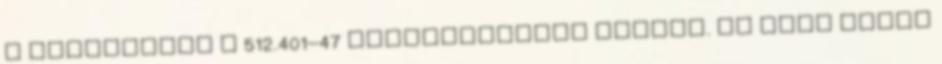
a szerkocsik a 512.401–47 pályaszámokat kapták. Az első bécsi